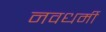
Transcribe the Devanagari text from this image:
नवधर्मी